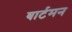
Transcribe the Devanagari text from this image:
बार्टमन